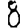
Digit: 8